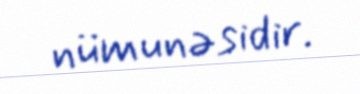
nümunəsidir.